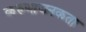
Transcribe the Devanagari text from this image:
करुणाजनकता